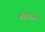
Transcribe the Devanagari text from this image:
फहराती